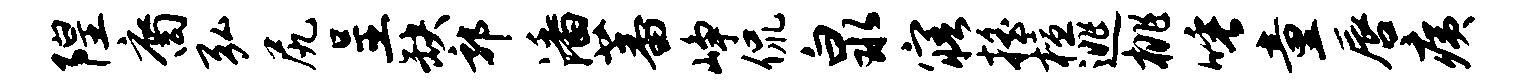
隍裔弘尻呈缺郭潘蕃峥侃泉寤摇檀逃桃唾童唇痍